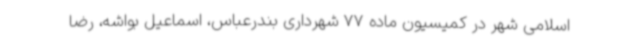
اسلامی شهر در کمیسیون ماده 77 شهرداری بندرعباس، اسماعیل بواشه، رضا